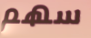
سهم